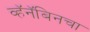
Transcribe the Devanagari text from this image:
व्हॅनॅबिनचा